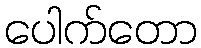
ပေါက်တော